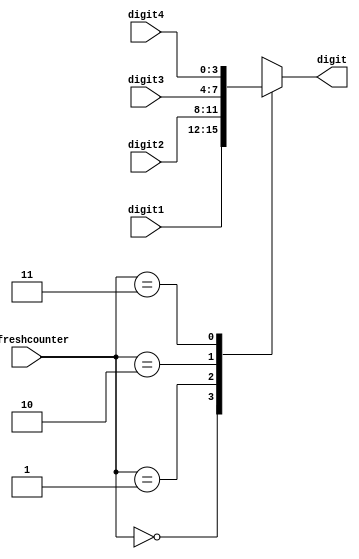
module BCD_control(
input [3:0] digit1, // ones
input [3:0] digit2, // tens
input [3:0] digit3, // hundreds
input [3:0] digit4, // thousands
input [1:0] refreshcounter,
output reg [3:0] digit=0 // chose which input digit is to be displayed
    );
	 
always@ (*) // if any input changes.  really we only care about refreshcounter but ise complains about
				// digit1, digit2, digit3, and digit4 being missing from the sensitivity list and will add
				// them on its own if nt specified
begin
	case (refreshcounter)
		2'd0:
			digit = digit1;  // digit 1 value (right most)
		2'd1:
			digit = digit2;  // digit 2 value
		2'd2:
			digit = digit3;  // digit 3 value
		2'd3:
			digit = digit4;  // digit 4 value (left most)
	endcase
end
endmodule